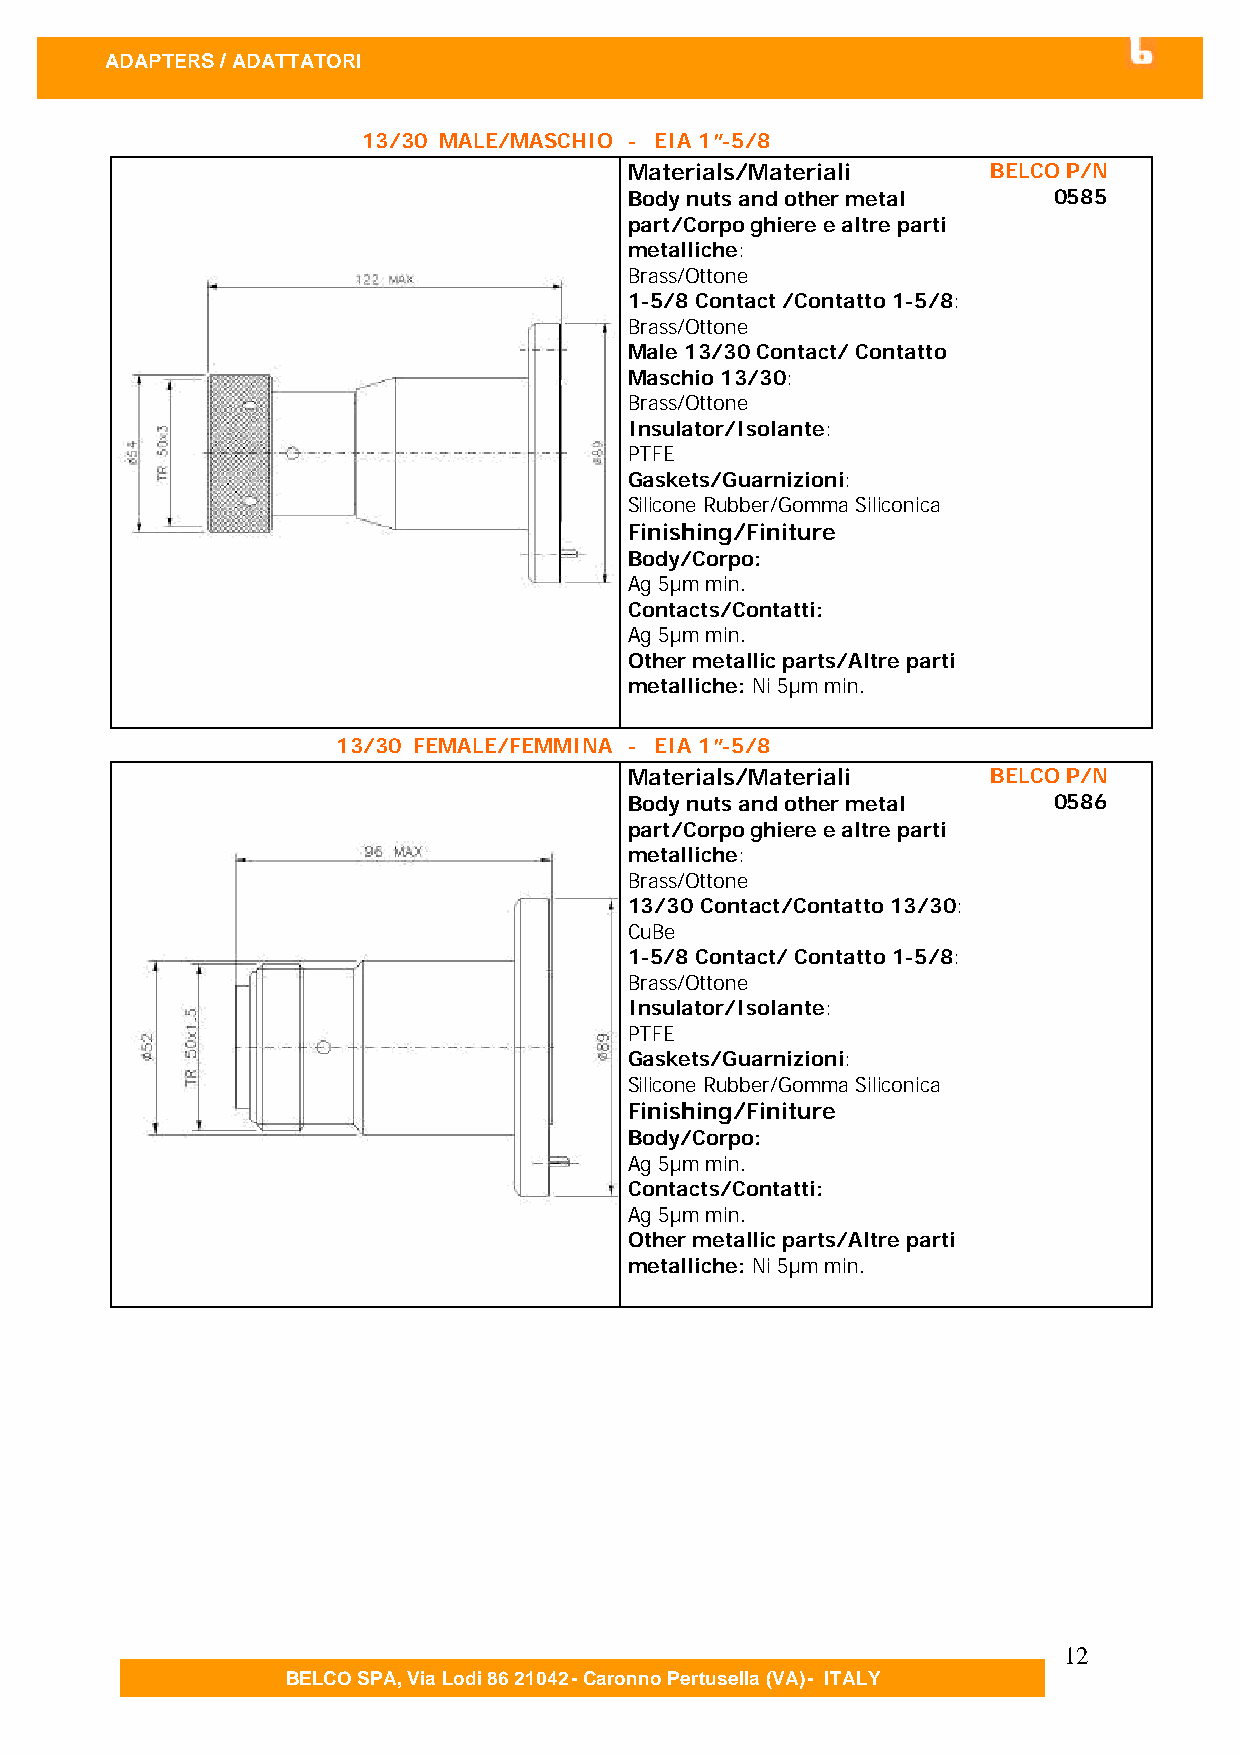
ADAPTERS / ADATTATOR I
 13/30 MALE/MASCHIO - EIA 1”-5/8
 Materials/Materiali     BELCO P/N
 Body nuts and other metal   0585
 part/Corpo ghiere e altre parti
 metalliche:
 Brass/Ottone
 1-5/8 Contact /Contatto 1-5/8:
 Brass/Ottone
 Male 13/30 Contact/ Contatto
 Maschio 13/30:
 Brass/Ottone
 Insulator/Isolante:
 PTFE
 Gaskets/Guarnizioni:
 Silicone Rubber/Gomma Siliconica
 Finishing/Finiture
 Body/Corpo:
 Ag 5µm min.
 Contacts/Contatti:
 Ag 5µm min.
 Other metallic parts/Altre parti
 metalliche: Ni 5µm min.
 13/30 FEMALE/FEMMINA - EIA 1”-5/8
 Materials/Materiali     BELCO P/N
 Body nuts and other metal   0586
 part/Corpo ghiere e altre parti
 metalliche:
 Brass/Ottone
 13/30 Contact/Contatto 13/30:
 CuBe
 1-5/8 Contact/ Contatto 1-5/8:
 Brass/Ottone
 Insulator/Isolante:
 PTFE
 Gaskets/Guarnizioni:
 Silicone Rubber/Gomma Siliconica
 Finishing/Finiture
 Body/Corpo:
 Ag 5µm min.
 Contacts/Contatti:
 Ag 5µm min.
 Other metallic parts/Altre parti
 metalliche: Ni 5µm min.
 12
 BELCO SPA, Via Lodi 86 21042 - Caronno Pertusella (VA) - ITALY